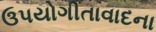
ઉપયોગીતાવાદના